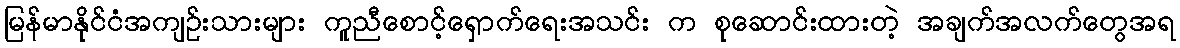
မြန်မာနိုင်ငံအကျဥ်းသားများ ကူညီစောင့်ရှောက်ရေးအသင်း က စုဆောင်းထားတဲ့ အချက်အလက်တွေအရ